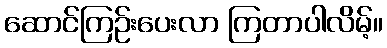
ဆောင်ကြဉ်းပေးလာ ကြတာပါလိမ့်။